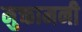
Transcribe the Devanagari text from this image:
मुक्तामनी